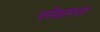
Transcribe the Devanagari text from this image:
परीक्षास्तर